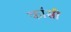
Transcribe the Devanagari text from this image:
कांसी